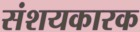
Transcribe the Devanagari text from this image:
संशयकारक